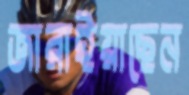
জারাইয়াছেন